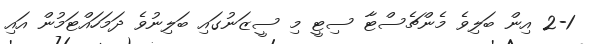
2-1 އިން ބަލިވެ މެންޗެސްޓާ ސިޓީ މި ސީޒަނުގައި ބަލިނުވެ ދަމަހައްޓަމުން އައި